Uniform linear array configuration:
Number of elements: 64
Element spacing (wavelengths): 0.5
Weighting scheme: hann
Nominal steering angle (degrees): -45
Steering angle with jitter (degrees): -43.899
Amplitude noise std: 0.05
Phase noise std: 0.05

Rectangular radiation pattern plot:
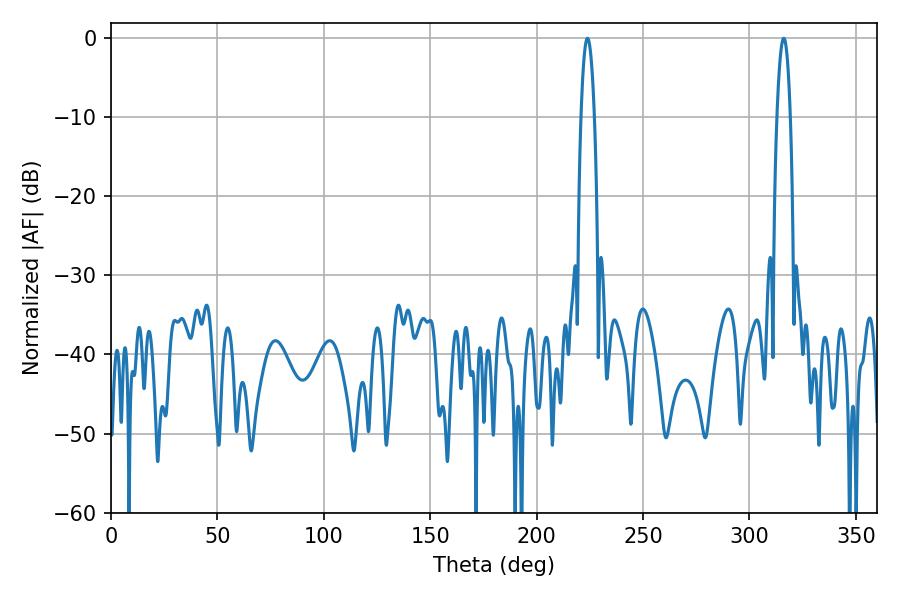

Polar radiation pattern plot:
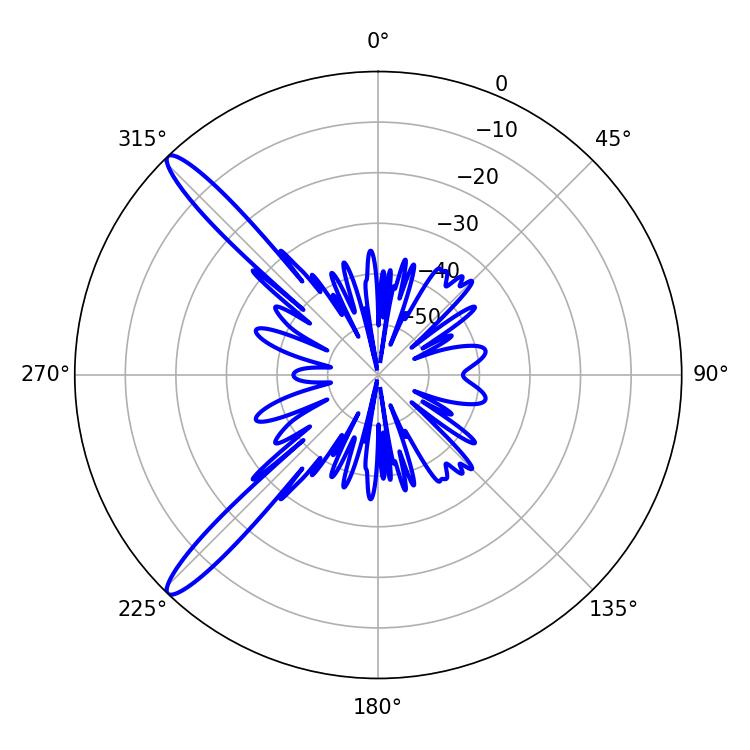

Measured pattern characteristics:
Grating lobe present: FALSE
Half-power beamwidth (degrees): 3.6
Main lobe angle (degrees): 316.08